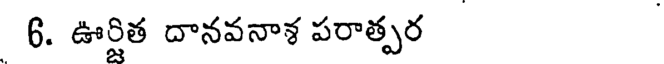
6. ఊర్షిత దానవనాళ పరాత్పర